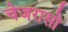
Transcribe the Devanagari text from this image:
चेजरासो